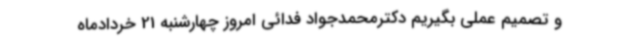
و تصمیم عملی بگیریم دکترمحمدجواد فدائی امروز چهارشنبه 21 خردادماه